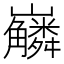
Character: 𡿑